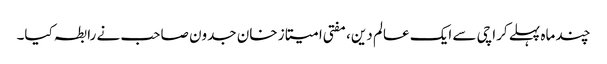
چند ماہ پہلے کراچی سے ایک عالم دین، مفتی امیتاز خان جدون صاحب نے رابطہ کیا۔